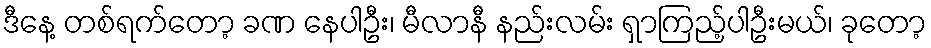
ဒီနေ့ တစ်ရက်တော့ ခဏ နေပါဦး၊ မီလာနီ နည်းလမ်း ရှာကြည့်ပါဦးမယ်၊ ခုတော့